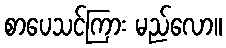
စာပေသင်ကြား မည်လော။